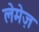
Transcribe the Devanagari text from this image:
लेमेज़